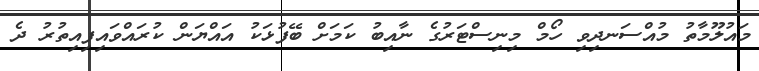
މައުލޫމާތު މުއްސަނދިވި ހޯމް މިނިސްޓަރުގެ ނާއިބު ކަމަށް ބޭފުޅަކު އައްޔަން ކުރައްވައިފިއިތުރު ދެ